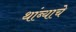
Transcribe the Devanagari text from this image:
थांब्याचे